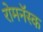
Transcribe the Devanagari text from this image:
रोमनॅस्क